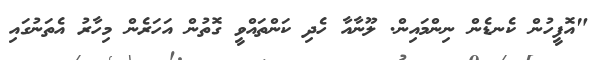
"އޮފީހުން ކެނޑެން ނިންމައިން. ލޫނާއާ ހެދި ކަންތައްވީ ގޮތުން އަހަރެން މިހާރު އެތަނުގައި